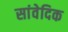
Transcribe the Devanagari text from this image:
सांवेदिक